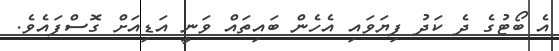
އެ ބޯޓުގެ ދެ ކަދު ފިޔަވައި އެހެން ބައިތައް ވަނީ އަޑިއަށް ގޮސްފައެވެ.